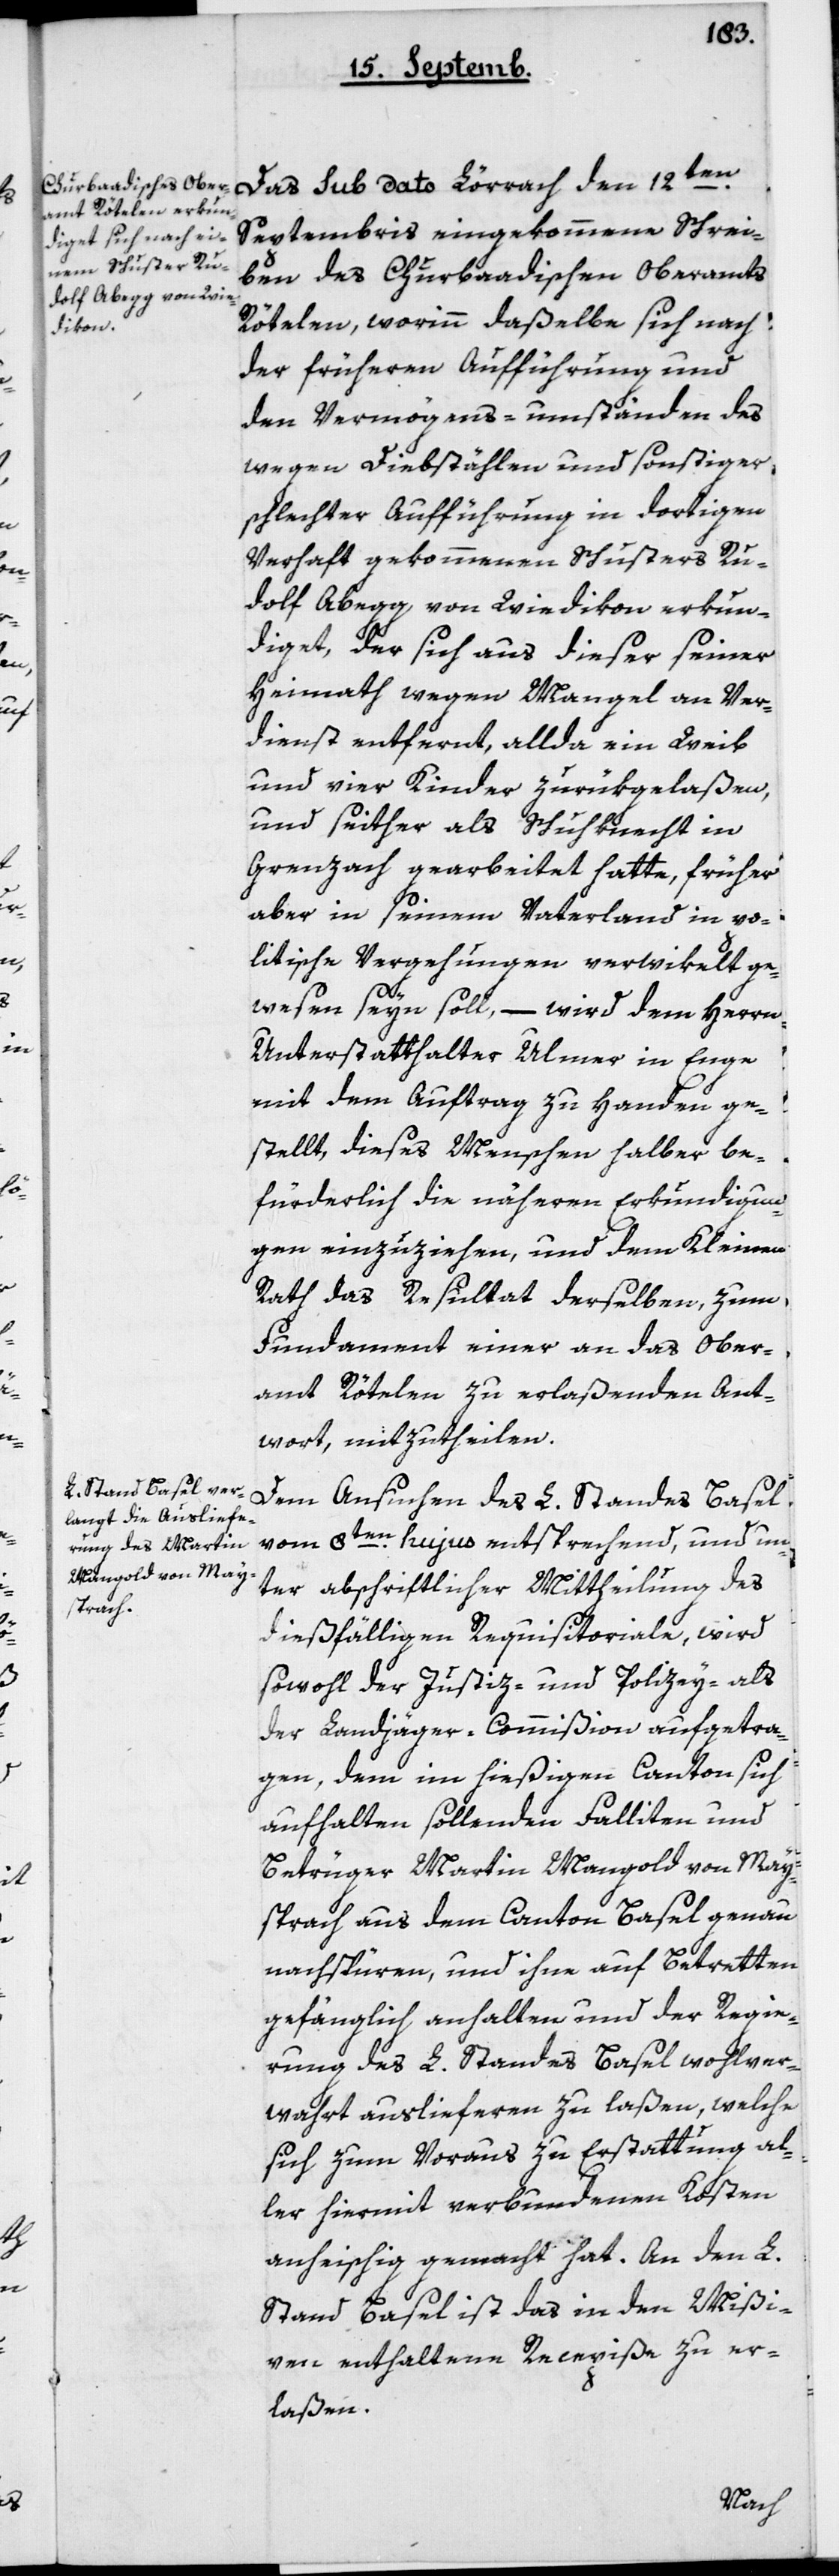
Das sub Dato Lörrach den 12ten
Septembris eingekommene Schrei¬
ben des Churbadischen Oberamts
Rötelen, worinn daßelbe sich nach
der früheren Aufführung und
den Vermögens-umständen des
wegen Diebstählen und sonstiger
schlechter Aufführung in dortigen
Verhaft gekommenen Schusters Ru¬
dolf Abegg von Wiedikon erkun¬
diget, der sich aus dieser seiner
Heimat wegen Mangel an Ver¬
dienst entfernt, allda ein Weib
und vier Kinder zurükgelaßen,
und seither als Schuhknecht in
Grenzach gearbeitet hatte, früher
aber in seinem Vaterland in po¬
litische Vergehungen verwikelt ge¬
wesen sein soll, – wird dem Herrn
Unterstatthalter Ulmer in Enge
mit dem Auftrag zu Handen ge¬
stellt, dieses Menschen halber be¬
fürderlich die näheren Erkundigun¬
gen einzuziehen und dem Kleinen
Rath das Resultat derselben, zum
Fundament einer an das Ober¬
amt Rötelen zu erlaßenden Ant¬
wort mitzutheilen.
Dem Ansuchen des L. Standes Basel
vom 8ten hujus entsprechend, und un¬
ter abschriftlicher Mittheilung des
dießfälligen Requisitoriale, wird
sowohl der Justiz- und Policey-, als
der Landjäger-Commißion aufgetra¬
gen, dem im hießigen Canton sich
aufhalten sollenden Falliten und
Betrüger Martin Mangold von May¬
spach aus dem Canton Basel genau
nachspüren, und ihne auf Betretten
gefänglich anhalten und der Regie¬
rung des L. Standes Basel wohlver¬
wahrt auslieferen zu laßen, welche
sich zum Voraus zu Erstattung al¬
ler hiermit verbundenen Kosten
anheischig gemacht hat. An den L.
Stand Basel ist das in den Mißi¬
ven enthaltene Recepiße zu er¬
laßen.